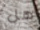
هل